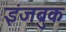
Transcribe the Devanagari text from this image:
इंजब्रुक